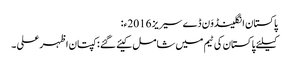
پاکستان انگلینڈوَن ڈے سیریز 2016ء:
کیلئے پاکستان کی ٹیم میں شامل کیئے گئے : کپتان اظہر علی ۔